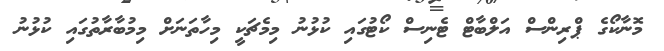
މޮނާކޯގެ ޕްރިންސް އަލްބާޓް ޓެނިސް ކޯޓުގައި ކުޅުނު މިމެޗަކީ މިހާތަނަށް މިމުބާރާތުގައި ކުޅުނު